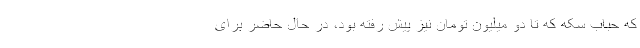
که حباب سکه که تا دو میلیون تومان نیز پیش رفته بود، در حال حاضر برای